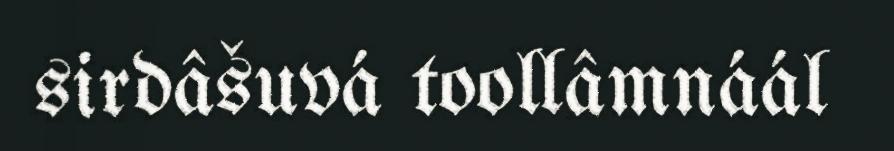
sirdâšuvá toollâmnáál